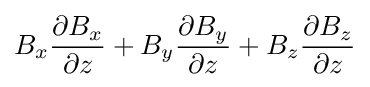
B_{x}{\frac {\partial B_{x}}{\partial z}}+B_{y}{\frac {\partial B_{y}}{\partial z}}+B_{z}{\frac {\partial B_{z}}{\partial z}}